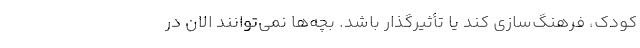
کودک، فرهنگ‌سازی کند یا تأثیرگذار باشد. بچه‌ها نمی‌توانند الان در